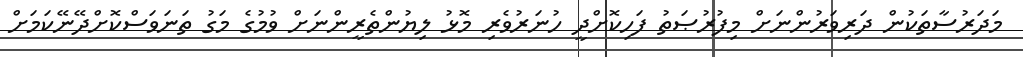
މަދަރުސާތަކުން ދަރިވަރުންނަށް މިފުރުޞަތު ފަހިކޮށްދީ ހުނަރުވެރި މޮޅު ލިޔުންތެރީންނަށް ވުމުގެ މަގު ތަނަވަސްކޮށްދޭނޭކަމަށް